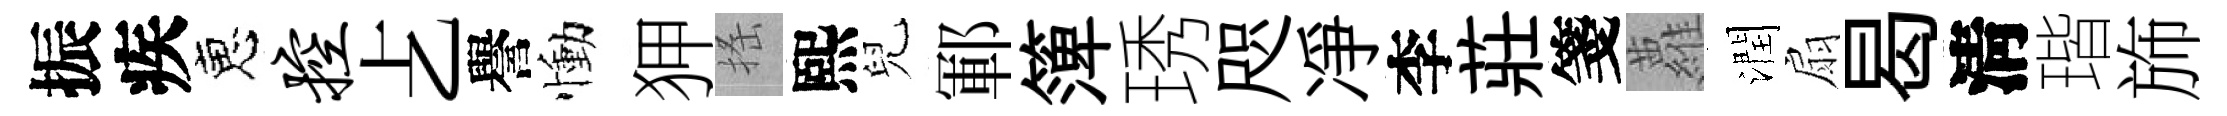
振疾恵控𠧒譽慟狎搖熙兒鄆𥱼琇咫凈李莊箋蘿潤扇曷淸瑎斾